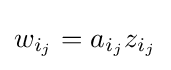
w_{i_{j}}=a_{i_{j}}z_{i_{j}}